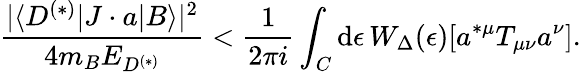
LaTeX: {\frac{|\langle D^{(*)}|J\cdot a|B\rangle|^{2}}{4m_{B}E_{D^{(*)}}}}<{\frac{1}{2\pi i}}\int_{C}\mathrm{d}\epsilon\, W_{\Delta}(\epsilon)[a^{*\mu}T_{\mu\nu}a^{\nu}].